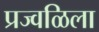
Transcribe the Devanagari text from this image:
प्रज्वळिला